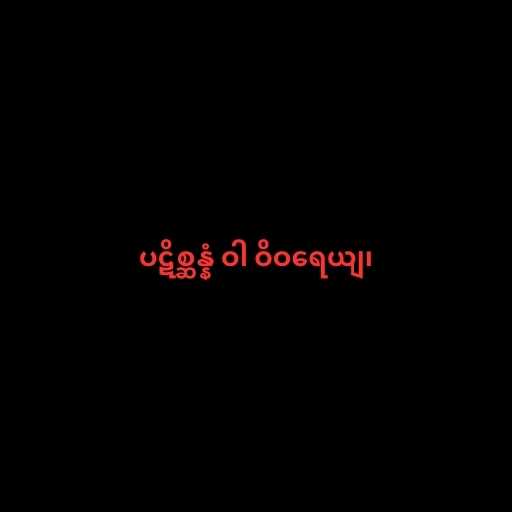
ပဋိစ္ဆန္နံ ဝါ ဝိဝရေယျ၊